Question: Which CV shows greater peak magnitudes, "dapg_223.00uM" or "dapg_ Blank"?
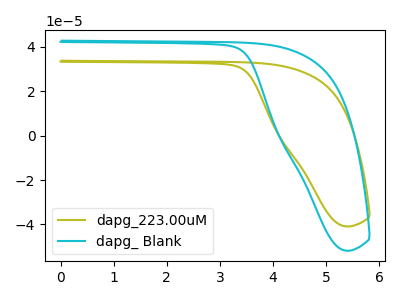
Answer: <think>The olive curve "dapg_223.00uM" has no peaks. The cyan curve "dapg_ Blank" has no peaks.</think>
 <answer>Niether CV has any peaks.</answer>
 <eval>blanks</eval>